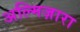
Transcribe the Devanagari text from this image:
अल्मिज़ारा